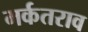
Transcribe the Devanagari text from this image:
मर्कतराव